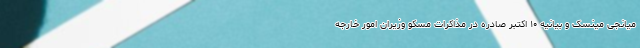
میانجی مینسک و بیانیه ۱۰ اکتبر صادره در مذاکرات مسکو وزیران امور خارجه